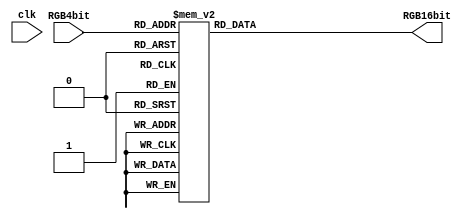
`timescale 1ns / 1ps
//////////////////////////////////////////////////////////////////////////////////
// Company: 
// Engineer: 
// 
// Design Name: 
// Module Name: RGB_Converter
// Project Name: 
// Target Devices: 
// Tool Versions: 
// Description: 
// 
// Dependencies: 
// 
// Revision:
// Revision 0.01 - File Created
// Additional Comments:
// 
//////////////////////////////////////////////////////////////////////////////////


module RGB_Converter(
    input clk,
    input  [3:0] RGB4bit,
    output reg [15:0] RGB16bit
    );

always@(clk)
    case(RGB4bit)
        4'h1 : RGB16bit = 16'hda00;
        4'h2 : RGB16bit = 16'h0492;
        4'h3 : RGB16bit = 16'h035b;
        4'h4 : RGB16bit = 16'hffc0;
        4'h5 : RGB16bit = 16'hf800;
        4'h6 : RGB16bit = 16'hdedb;
        4'h7 : RGB16bit = 16'h001b;
        4'h8 : RGB16bit = 16'hb81b;
        4'h9 : RGB16bit = 16'h07db;
        4'ha : RGB16bit = 16'h7651;
        4'hb : RGB16bit = 16'h7e2f;
        4'hc : RGB16bit = 16'hc525;
        4'hd : RGB16bit = 16'he982;
        4'he : RGB16bit = 16'h41e8;
      default : RGB16bit = 16'h0;
    endcase
    
endmodule